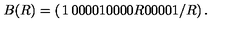
B ( R ) = \left( \begin{matrix} { 1 } & { 0 } & { 0 } & { 0 } \\ { 0 } & { 1 } & { 0 } & { 0 } \\ { 0 } & { 0 } & { R } & { 0 } \\ { 0 } & { 0 } & { 0 } & { 1 / R } \\ \end{matrix} \right) .